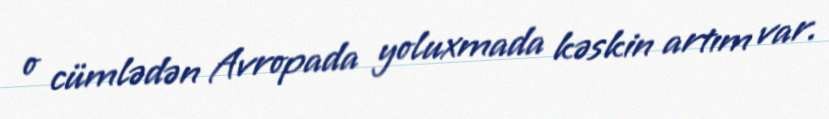
o cümlədən Avropada yoluxmada kəskin artım var.